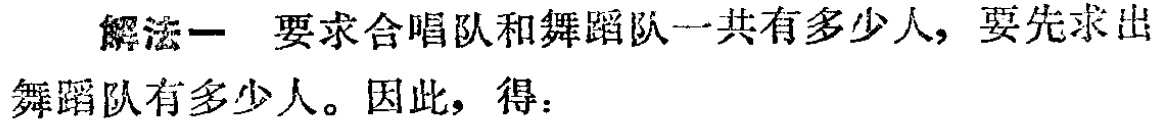
解法一 要求合唱队和舞蹈队一共有多少人，要先求出舞蹈队有多少人。因此，得：